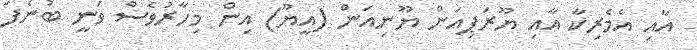
އާއި އެމެރިކާ އާއި ޔޫރަޕިއަން ޔޫނިއަން (އީޔޫ) އިން މިހާރުވެސް ވަނީ ބުނެފަ